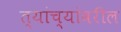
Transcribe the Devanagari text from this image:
त्यांच्यांवरील